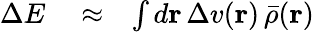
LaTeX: \begin{array}{rlr}{\Delta E}&{{}\approx}&{\int d{\mathbf r}\, \Delta v({\mathbf r})\, \bar{\rho}({\mathbf r})}\end{array}